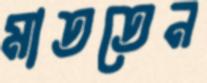
মাততেন